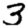
Digit: 3